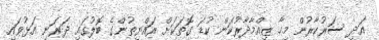
އަދި ސަރުކާރުން މިހާ ޒިއްމާދާރުކަން ކުޑަ ގޮތަކަށް ރައްޔިތުންގެ ބޮލުގައި ދަރަނި އަޅުވައި